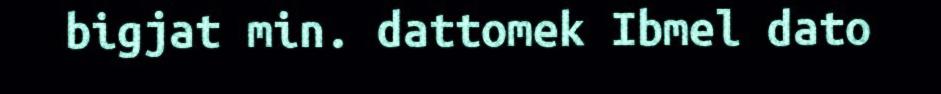
bigjat min. dattomek Ibmel dato